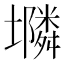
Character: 𱘔